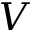
V